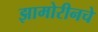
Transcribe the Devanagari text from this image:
झामोरीनचे